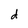
Character: d